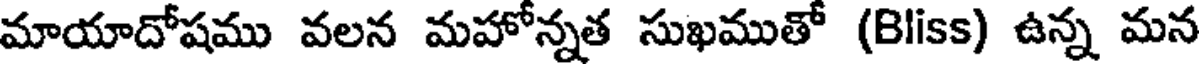
మాయాదోషము వలన మహోన్నత సుఖముతో (Bliss) ఉన్న మన